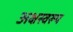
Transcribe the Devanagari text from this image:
अक्षस्वरूप